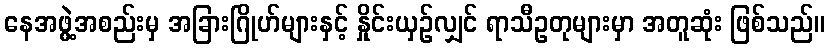
နေအဖွဲ့အစည်းမှ အခြားဂြိုဟ်များနှင့် နှိုင်းယှဉ်လျှင် ရာသီဥတုများမှာ အတူဆုံး ဖြစ်သည်။